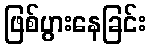
ဖြစ်ပွားနေခြင်း